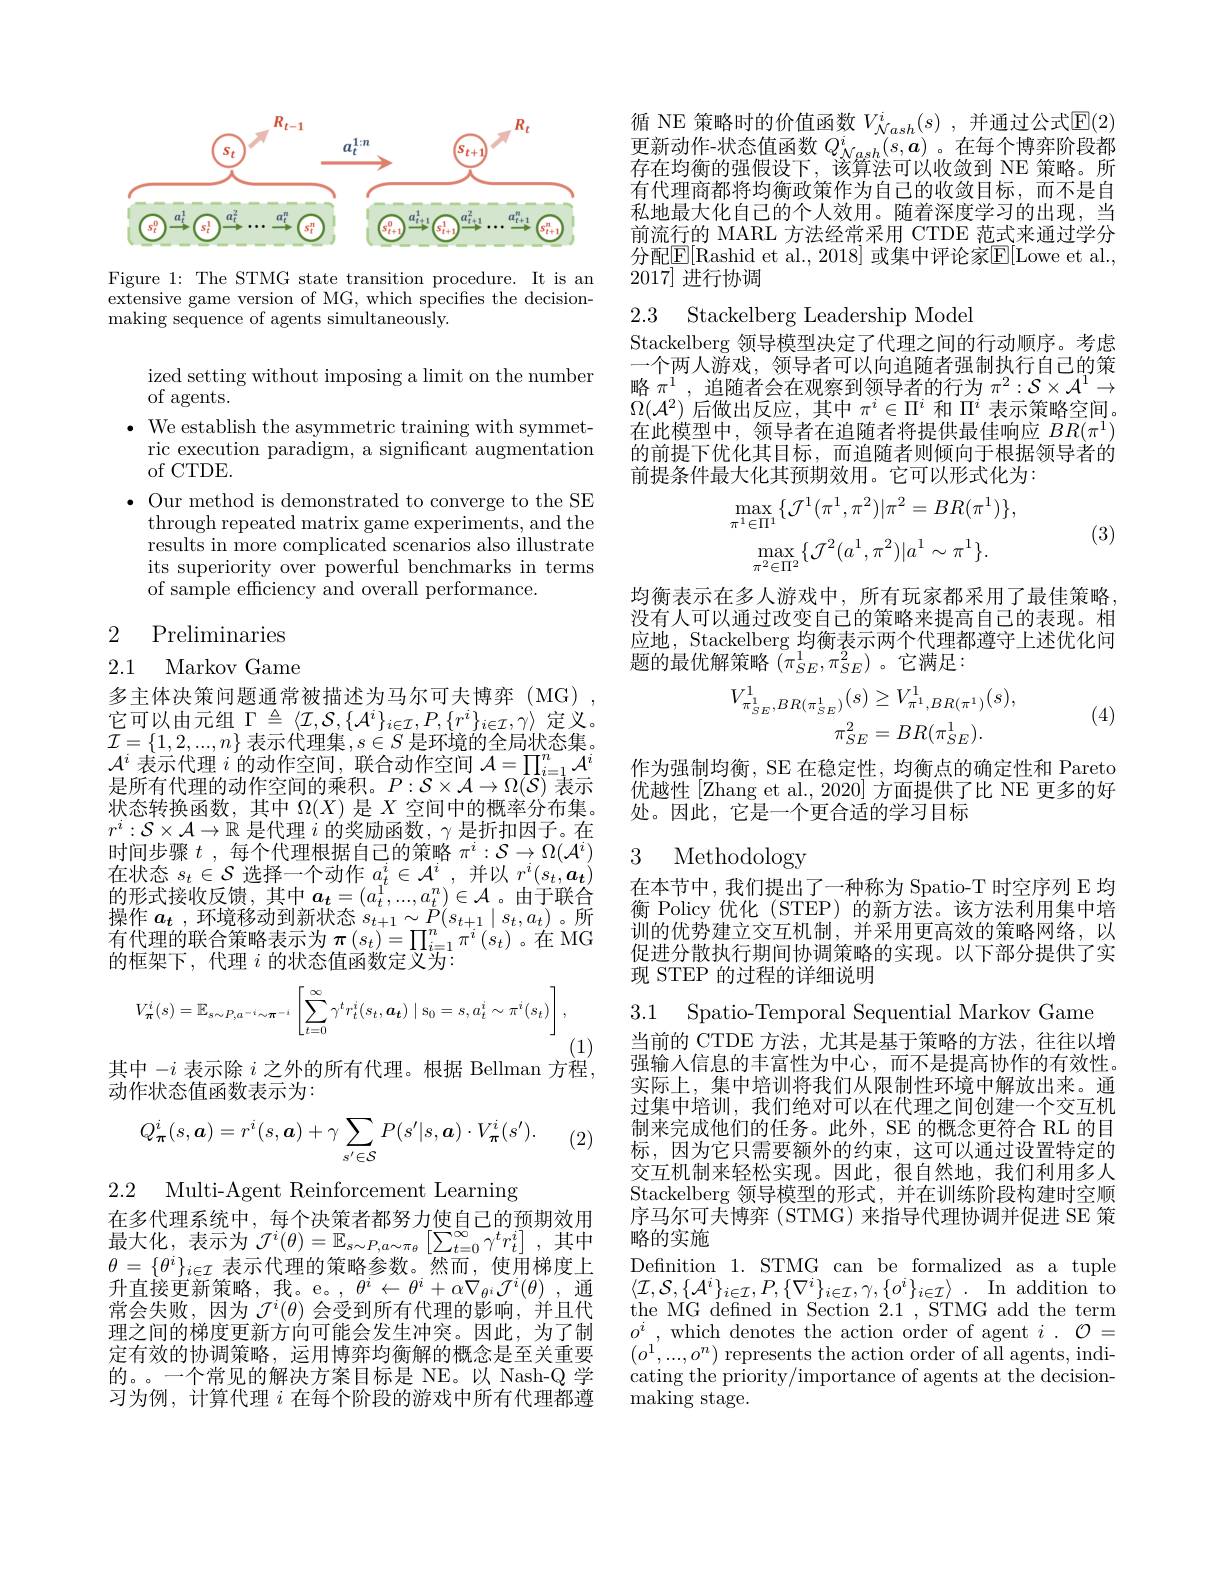
<FigureHere>

Figure 1: The STMG state transition procedure. It is an extensive game version of MG, which specifies the decisionmaking sequence of agents simultaneously.

ized setting without imposing a limit on the number
of agents.
$\bullet$ We establish the asymmetric training with symmet-
ric execution paradigm, a significant augmentation
of CTDE.
$\bullet$ Our method is demonstrated to converge to the SE
through repeated matrix game experiments, and the results in more complicated scenarios also illustrate its superiority over powerful benchmarks in terms of sample efficiency and overall performance.

2 Preliminaries

## 2.1 Markov Game

多主体决策问题通常被描述为马尔可夫博弈(MG), 它可以由元组$\Gamma\triangleq\langle\mathcal{I},\mathcal{S},\{\mathcal{A}^i\}_{i\in\mathcal{I}},P,\{r^i\}_{i\in\mathcal{I}},\gamma\rangle$ 定义。$\bar{\mathcal{I}}=\{1,2,...,n\}$ 表示代理集$,s\in S$ 是环境的全局状态集。$\mathcal{A}^i$表示代理$i$的动作空间，联合动作空间$\mathcal{A}=\prod_i=1^n\mathcal{A}^i$ 是所有代理的动作空间的乘积。$P:\mathcal{S}\times\mathcal{A}\to\Omega(\mathcal{S})$表示状态转换函数，其中$\Omega(X)$是$X$空间中的概率分布集。$r^i:\mathcal{S}\times\mathcal{A}\to\mathbb{R}$是代理$i$的奖励函数，$\gamma$是折扣因子。在时间步骤$t$ ,每个代理根据自己的策略$\pi^i:\mathcal{S}\to\Omega(\mathcal{A}^i)$ 在状态$s_t\in\mathcal{S}$选择一个动作 $a_t^i\in\mathcal{A}^i$,并以 $r^i(s_t,\boldsymbol{a_t})$ $\begin{array}{l}\text{的形式接收反馈，其中 }a_{t}=(a_{t}^{1},\ldots,a_{t}^{n})\in\mathcal{A}\end{array}$。由于联合操作$a_t$ ,环境移动到新状态$s_t+1\sim P(s_{t+1}\mid s_{t},a_{t})$ 。所$\begin{array}{c}\text{有代理的联合策略表示为 }\pi\left(s_{t}\right)=\prod_{i=1}^{n}\pi^{i}\left(s_{t}\right)\text{。在 MG}\\\text{的框架下，代理 }i\text{ 的状态值函数定义为：}\end{array}$
$$V_{\boldsymbol{\pi}}^{i}(s)=\mathbb{E}_{s\sim P,a^{-i}\sim\boldsymbol{\pi}^{-i}}\left[\sum_{t=0}^{\infty}\gamma^{t}r_{t}^{i}(s_{t},\boldsymbol{a}_{\boldsymbol{t}})\mid s_{0}=s,a_{t}^{i}\sim\pi^{i}(s_{t})\right],$$
(1)
其中$-i$表示除$i$之外的所有代理。根据 Bellman 方程，

动作状态值函数表示为：

(2)
$$Q_{\boldsymbol{\pi}}^{i}(s,\boldsymbol{a})=r^{i}(s,\boldsymbol{a})+\gamma\sum_{s'\in\mathcal{S}}P(s'|s,\boldsymbol{a})\cdot V_{\boldsymbol{\pi}}^{i}(s').$$
2.2 Multi-Agent Reinforcement Learning
在多代理系统中，每个决策者都努力使自己的预期效用最 大 化 , 表 示 为 $\mathcal{J} ^{i}( \theta ) = \mathbb{E} _{s\sim P, a\sim \pi _{\theta }}\left [ \sum _{t= 0}^{\infty }\gamma ^{t}r_{t}^{i}\right ] $,其 中 最 大 化 , 表 示 为 $\mathcal{J} ^{i}( \theta ) = \mathbb{E} _{s\sim P, a\sim \pi _{\theta }}\left [ \sum _{t= 0}^{\infty }\gamma ^{t}r_{t}^{i}\right ] $,其 中$\theta=\{\theta^i\}_{i\in\mathcal{I}}$表示代理的策略参数。然而，使用梯度上升直接更新策略，我。e。,$\theta^i\leftarrow\theta^i+\alpha\nabla_{\theta^i}\mathcal{J}^i(\theta)~$,通常会失败，因为$\mathcal{J}^i(\theta)$会受到所有代理的影响，并且代理之间的梯度更新方向可能会发生冲突。因此，为了制定有效的协调策略，运用博弈均衡解的概念是至关重要的。一个常见的解决方案目标是 NE。以 Nash-Q 学习为例，计算代理$i$在每个阶段的游戏中所有代理都遵

循 NE 策略时的价值函数 $V_{\mathcal{N}ash}^i(s)$, 并通过公式$\mathbb{E}(2)$ 更新动作-状态值函数$Q_{\mathcal{N}ash}^i(s,\boldsymbol{a})$。在每个博弈阶段都存在均衡的强假设下，该算法可以收敛到 NE 策略。所有代理商都将均衡政策作为自己的收敛目标，而不是自私地最大化自己的个人效用。随着深度学习的出现，当前流行的 MARL 方法经常采用 CTDE 范式来通过学分分配$\underline{\mathrm{E}}[$Rashid et al., 2018] 或集中评论家$\underline{\mathrm{E}}[$Lowe et al., 2017]进行协调

2.3 Stackelberg Leadership Model

Stackelberg 领导模型决定了代理之间的行动顺序。考虑一个两人游戏，领导者可以向追随者强制执行自己的策略$\pi^1$,追随者会在观察到领导者的行为$\pi^2:\mathcal{S}\times\mathcal{A}^1\to$ $\Omega(\mathcal{A}^2)$后做出反应，其中$\pi^i\in\Pi^i$和$\Pi^i$表示策略空间。在此模型中，领导者在追随者将提供最佳响应$BR(\pi^1)$ 的前提下优化其目标，而追随者则倾向于根据领导者的前提条件最大化其预期效用。它可以形式化为：
$$\max_{\pi^{1}\in\Pi^{1}}\{\mathcal{J}^{1}(\pi^{1},\pi^{2})|\pi^{2}=BR(\pi^{1})\},\\\max_{\pi^{2}\in\Pi^{2}}\{\mathcal{J}^{2}(a^{1},\pi^{2})|a^{1}\sim\pi^{1}\}.$$
(3)

均衡表示在多人游戏中，所有玩家都采用了最佳策略， 没有人可以通过改变自己的策略来提高自己的表现。相应地，Stackelberg 均衡表示两个代理都遵守上述优化问题的最优解策略$(\pi_{SE}^{1},\pi_{SE}^{2})$ 。它满足：
$$V_{\pi_{SE}^{1},BR(\pi_{SE}^{1})}^{1}(s)\geq V_{\pi^{1},BR(\pi^{1})}^{1}(s),\\\pi_{SE}^{2}=BR(\pi_{SE}^{1}).$$
(4)

作为强制均衡，SE 在稳定性，均衡点的确定性和 Pareto 优越性[Zhang et al., 2020] 方面提供了比 NE 更多的好处。因此，它是一个更合适的学习目标

# 3 Methodology

在本节中，我们提出了一种称为 Spatio-T 时空序列 E 均衡 Policy 优化 (STEP)的新方法。该方法利用集中培训的优势建立交互机制，并采用更高效的策略网络，以促进分散执行期间协调策略的实现。以下部分提供了实现 STEP 的过程的详细说明

3.1 Spatio-Temporal Sequential Markov Game

当前的 CTDE 方法，尤其是基于策略的方法，往往以增强输入信息的丰富性为中心，而不是提高协作的有效性。实际上，集中培训将我们从限制性环境中解放出来。通过集中培训，我们绝对可以在代理之间创建一个交互机制来完成他们的任务。此外，SE 的概念更符合 RL 的目标，因为它只需要额外的约束，这可以通过设置特定的交互机制来轻松实现。因此，很自然地，我们利用多人Stackelberg 领导模型的形式，并在训练阶段构建时空顺序马尔可夫博弈 (STMG) 来指导代理协调并促进 SE 策略的实施
Definition 1. STMG can be formalized as a tuple $\langle \mathcal{I} , \mathcal{S} , \{ \mathcal{A} ^{i}\} _{i\in \mathcal{I} }, P, \{ \nabla ^{i}\} _{i\in \mathcal{I} }, \gamma , \{ o^{i}\} _{i\in \mathcal{I} }\rangle$ . In addition to the MG defined in Section 2.1 , STMG add the term $o^{i}$ ,which denotes the action order of agent $i$ . $\mathcal{O} =$ $(o^{1},...,o^{n})$ represents the action order of all agents, indicating the priority/importance of agents at the decision- ${\mathrm{making~stage.}}$